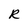
Character: R